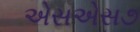
એસએસ૭